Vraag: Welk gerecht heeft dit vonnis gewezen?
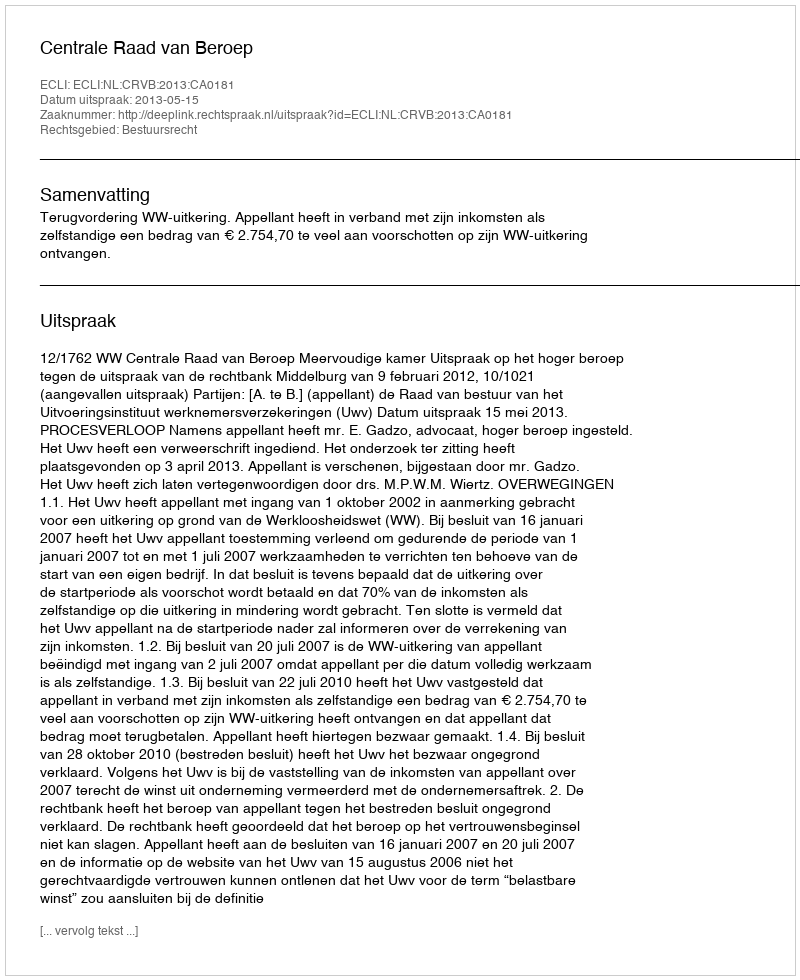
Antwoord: Centrale Raad van Beroep